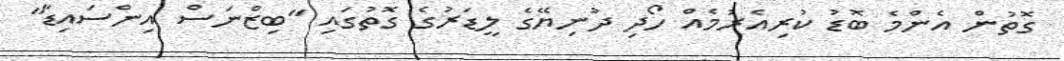
ގޮތުން އެންމެ ބޮޑު ކުރިއެރުމެއް ހޯދި ދުނިޔޭގެ ލީޑަރުގެ ގޮތުގައި "ބިޒްނަސް އިންސައިޑާ"